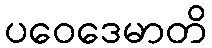
ပဝေဒေမာတိ